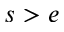
s > e